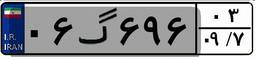
۵۱گ۸۵۷۲۸